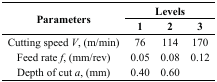
<table><thead><tr><td rowspan="3"><b>Parameters</b></td><td colspan="3"><b>Levels</b></td></tr><tr><td><b>1</b></td><td><b>2</b></td><td><b>3</b></td></tr></thead><tbody><tr><td>Cutting speed <i>V</i>, (m/min)</td><td>76</td><td>114</td><td>170</td></tr><tr><td>Feed rate <i>f</i>, (mm/rev)</td><td>0.05</td><td>0.08</td><td>0.12</td></tr><tr><td>Depth of cut <i>a</i>, (mm)</td><td>0.40</td><td>0.60</td><td></td></tr></tbody></table>